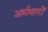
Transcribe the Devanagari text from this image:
अर्धभागों